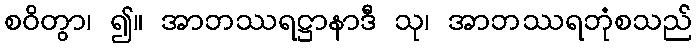
စဝိတွာ၊ ၍။ အာဘဿရဋ္ဌာနာဒီ သု၊ အာဘဿရဘုံစသည်